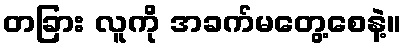
တခြား လူကို အခက်မတွေ့စေနဲ့။